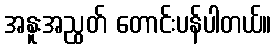
အနူးအညွတ် တောင်းပန်ပါတယ်။